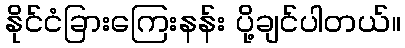
နိုင်ငံခြားကြေးနန်း ပို့ချင်ပါတယ်။